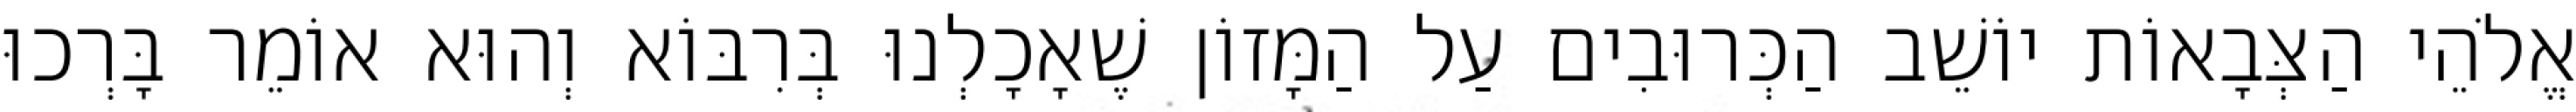
אֱלֹהֵי הַצְּבָאוֹת יוֹשֵׁב הַכְּרוּבִים עַל הַמָּזוֹן שֶׁאָכָלְנוּ בְּרִבּוֹא וְהוּא אוֹמֵר בָּרְכוּ